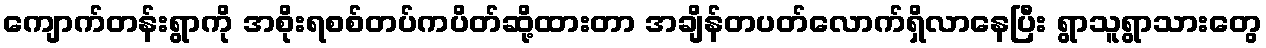
ကျောက်တန်းရွာကို အစိုးရစစ်တပ်ကပိတ်ဆို့ထားတာ အချိန်တပတ်လောက်ရှိလာနေပြီး ရွာသူရွာသားတွေ